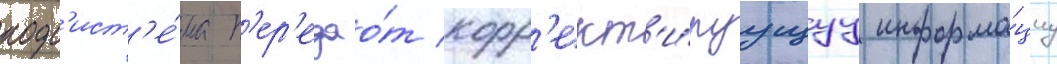
подс'ист'е́ма п'ер'едао́т корр'ект'и́руущуу информа́циу